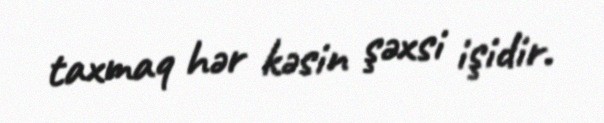
taxmaq hər kəsin şəxsi işidir.